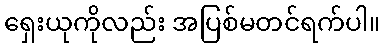
ရှေးယုကိုလည်း အပြစ်မတင်ရက်ပါ။